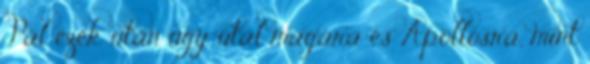
Pál ezek után úgy utal magára és Apollósra, mint